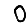
Digit: 0